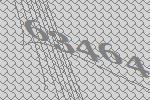
63464